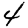
Digit: 4